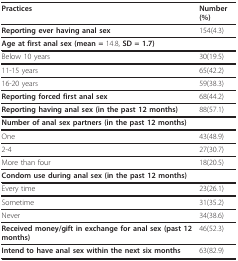
<table><thead><tr><td><b>Practices</b></td><td><b>Number (%)</b></td></tr></thead><tbody><tr><td><b>Reporting ever having anal sex</b></td><td>154(4.3)</td></tr><tr><td><b>Age at first anal sex (mean = </b>14.8, <b>SD = 1.7)</b></td><td></td></tr><tr><td>Below 10 years</td><td>30(19.5)</td></tr><tr><td>11-15 years</td><td>65(42.2)</td></tr><tr><td>16-20 years</td><td>59(38.3)</td></tr><tr><td><b>Reporting forced first anal sex</b></td><td>68(44.2)</td></tr><tr><td><b>Reporting having anal sex (in the past 12 months)</b></td><td>88(57.1)</td></tr><tr><td><b>Number of anal sex partners (in the past 12 months)</b></td><td></td></tr><tr><td>One</td><td>43(48.9)</td></tr><tr><td>2-4</td><td>27(30.7)</td></tr><tr><td>More than four</td><td>18(20.5)</td></tr><tr><td><b>Condom use during anal sex (in the past 12 months)</b></td><td></td></tr><tr><td>Every time</td><td>23(26.1)</td></tr><tr><td>Sometime</td><td>31(35.2)</td></tr><tr><td>Never</td><td>34(38.6)</td></tr><tr><td><b>Received money/gift in exchange for anal sex (past 12 months)</b></td><td>46(52.3)</td></tr><tr><td><b>Intend to have anal sex within the next six months</b></td><td>63(82.9)</td></tr></tbody></table>